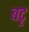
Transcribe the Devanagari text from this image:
बटृ